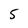
Character: 5